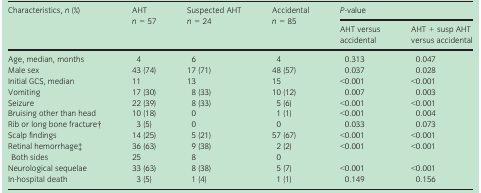
<table><thead><tr><td rowspan="2"><b>Characteristics, <i>n</i> (%)</b></td><td rowspan="2"><b>AHT <i>n</i> = 57</b></td><td rowspan="2"><b>Suspected AHT <i>n</i> = 24</b></td><td rowspan="2"><b>Accidental <i>n</i> = 85</b></td><td colspan="2"><b><i>P</i>‐value</b></td></tr><tr><td><b>AHT versus accidental</b></td><td><b>AHT + susp AHT versus accidental</b></td></tr></thead><tbody><tr><td>Age, median, months</td><td>4</td><td>6</td><td>4</td><td>0.313</td><td>0.047</td></tr><tr><td>Male sex</td><td>43 (74)</td><td>17 (71)</td><td>48 (57)</td><td>0.037</td><td>0.028</td></tr><tr><td>Initial GCS, median</td><td>11</td><td>13</td><td>15</td><td>&lt;0.001</td><td>&lt;0.001</td></tr><tr><td>Vomiting</td><td>17 (30)</td><td>8 (33)</td><td>10 (12)</td><td>0.007</td><td>0.003</td></tr><tr><td>Seizure</td><td>22 (39)</td><td>8 (33)</td><td>5 (6)</td><td>&lt;0.001</td><td>&lt;0.001</td></tr><tr><td>Bruising other than head</td><td>10 (18)</td><td>0</td><td>1 (1)</td><td>&lt;0.001</td><td>0.004</td></tr><tr><td>Rib or long bone fracturea</td><td>3 (5)</td><td>0</td><td>0</td><td>0.033</td><td>0.073</td></tr><tr><td>Scalp findings</td><td>14 (25)</td><td>5 (21)</td><td>57 (67)</td><td>&lt;0.001</td><td>&lt;0.001</td></tr><tr><td>Retinal hemorrhageb</td><td>36 (63)</td><td>9 (38)</td><td>2 (2)</td><td>&lt;0.001</td><td>&lt;0.001</td></tr><tr><td> Both sides</td><td>25</td><td>8</td><td>0</td><td></td><td></td></tr><tr><td>Neurological sequelae</td><td>33 (63)</td><td>8 (38)</td><td>5 (7)</td><td>&lt;0.001</td><td>&lt;0.001</td></tr><tr><td>In‐hospital death</td><td>3 (5)</td><td>1 (4)</td><td>1 (1)</td><td>0.149</td><td>0.156</td></tr></tbody></table>